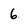
Character: 6